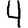
Digit: 4